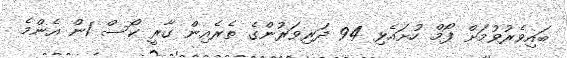
ބައިވެރުވުމަށް ފޯމް ހުށައެޅި 94 ދަރިވަރުންގެ ތެރެއިން ގާރީ ކޯސް 1ން އެންމެ